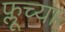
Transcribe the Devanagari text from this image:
फ्लूच्या